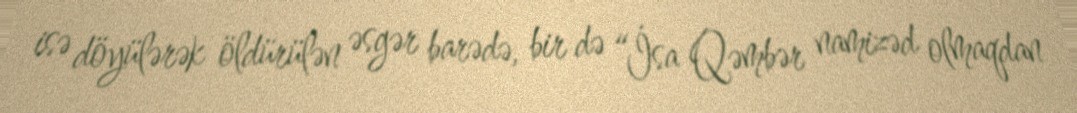
isə döyülərək öldürülən əsgər barədə, bir də “İsa Qəmbər namizəd olmaqdan